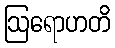
ဩရောဟတိ